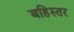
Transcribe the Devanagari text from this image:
बहिस्तर